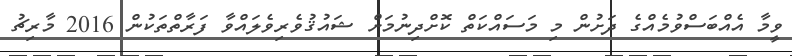
ވީމާ އެއްބަސްވުމެއްގެ ދަށުން މި މަސައްކަތް ކޮށްދިނުމަށް ޝައުޤުވެރިވެލައްވާ ފަރާތްތަކުން 2016 މާރިޗު